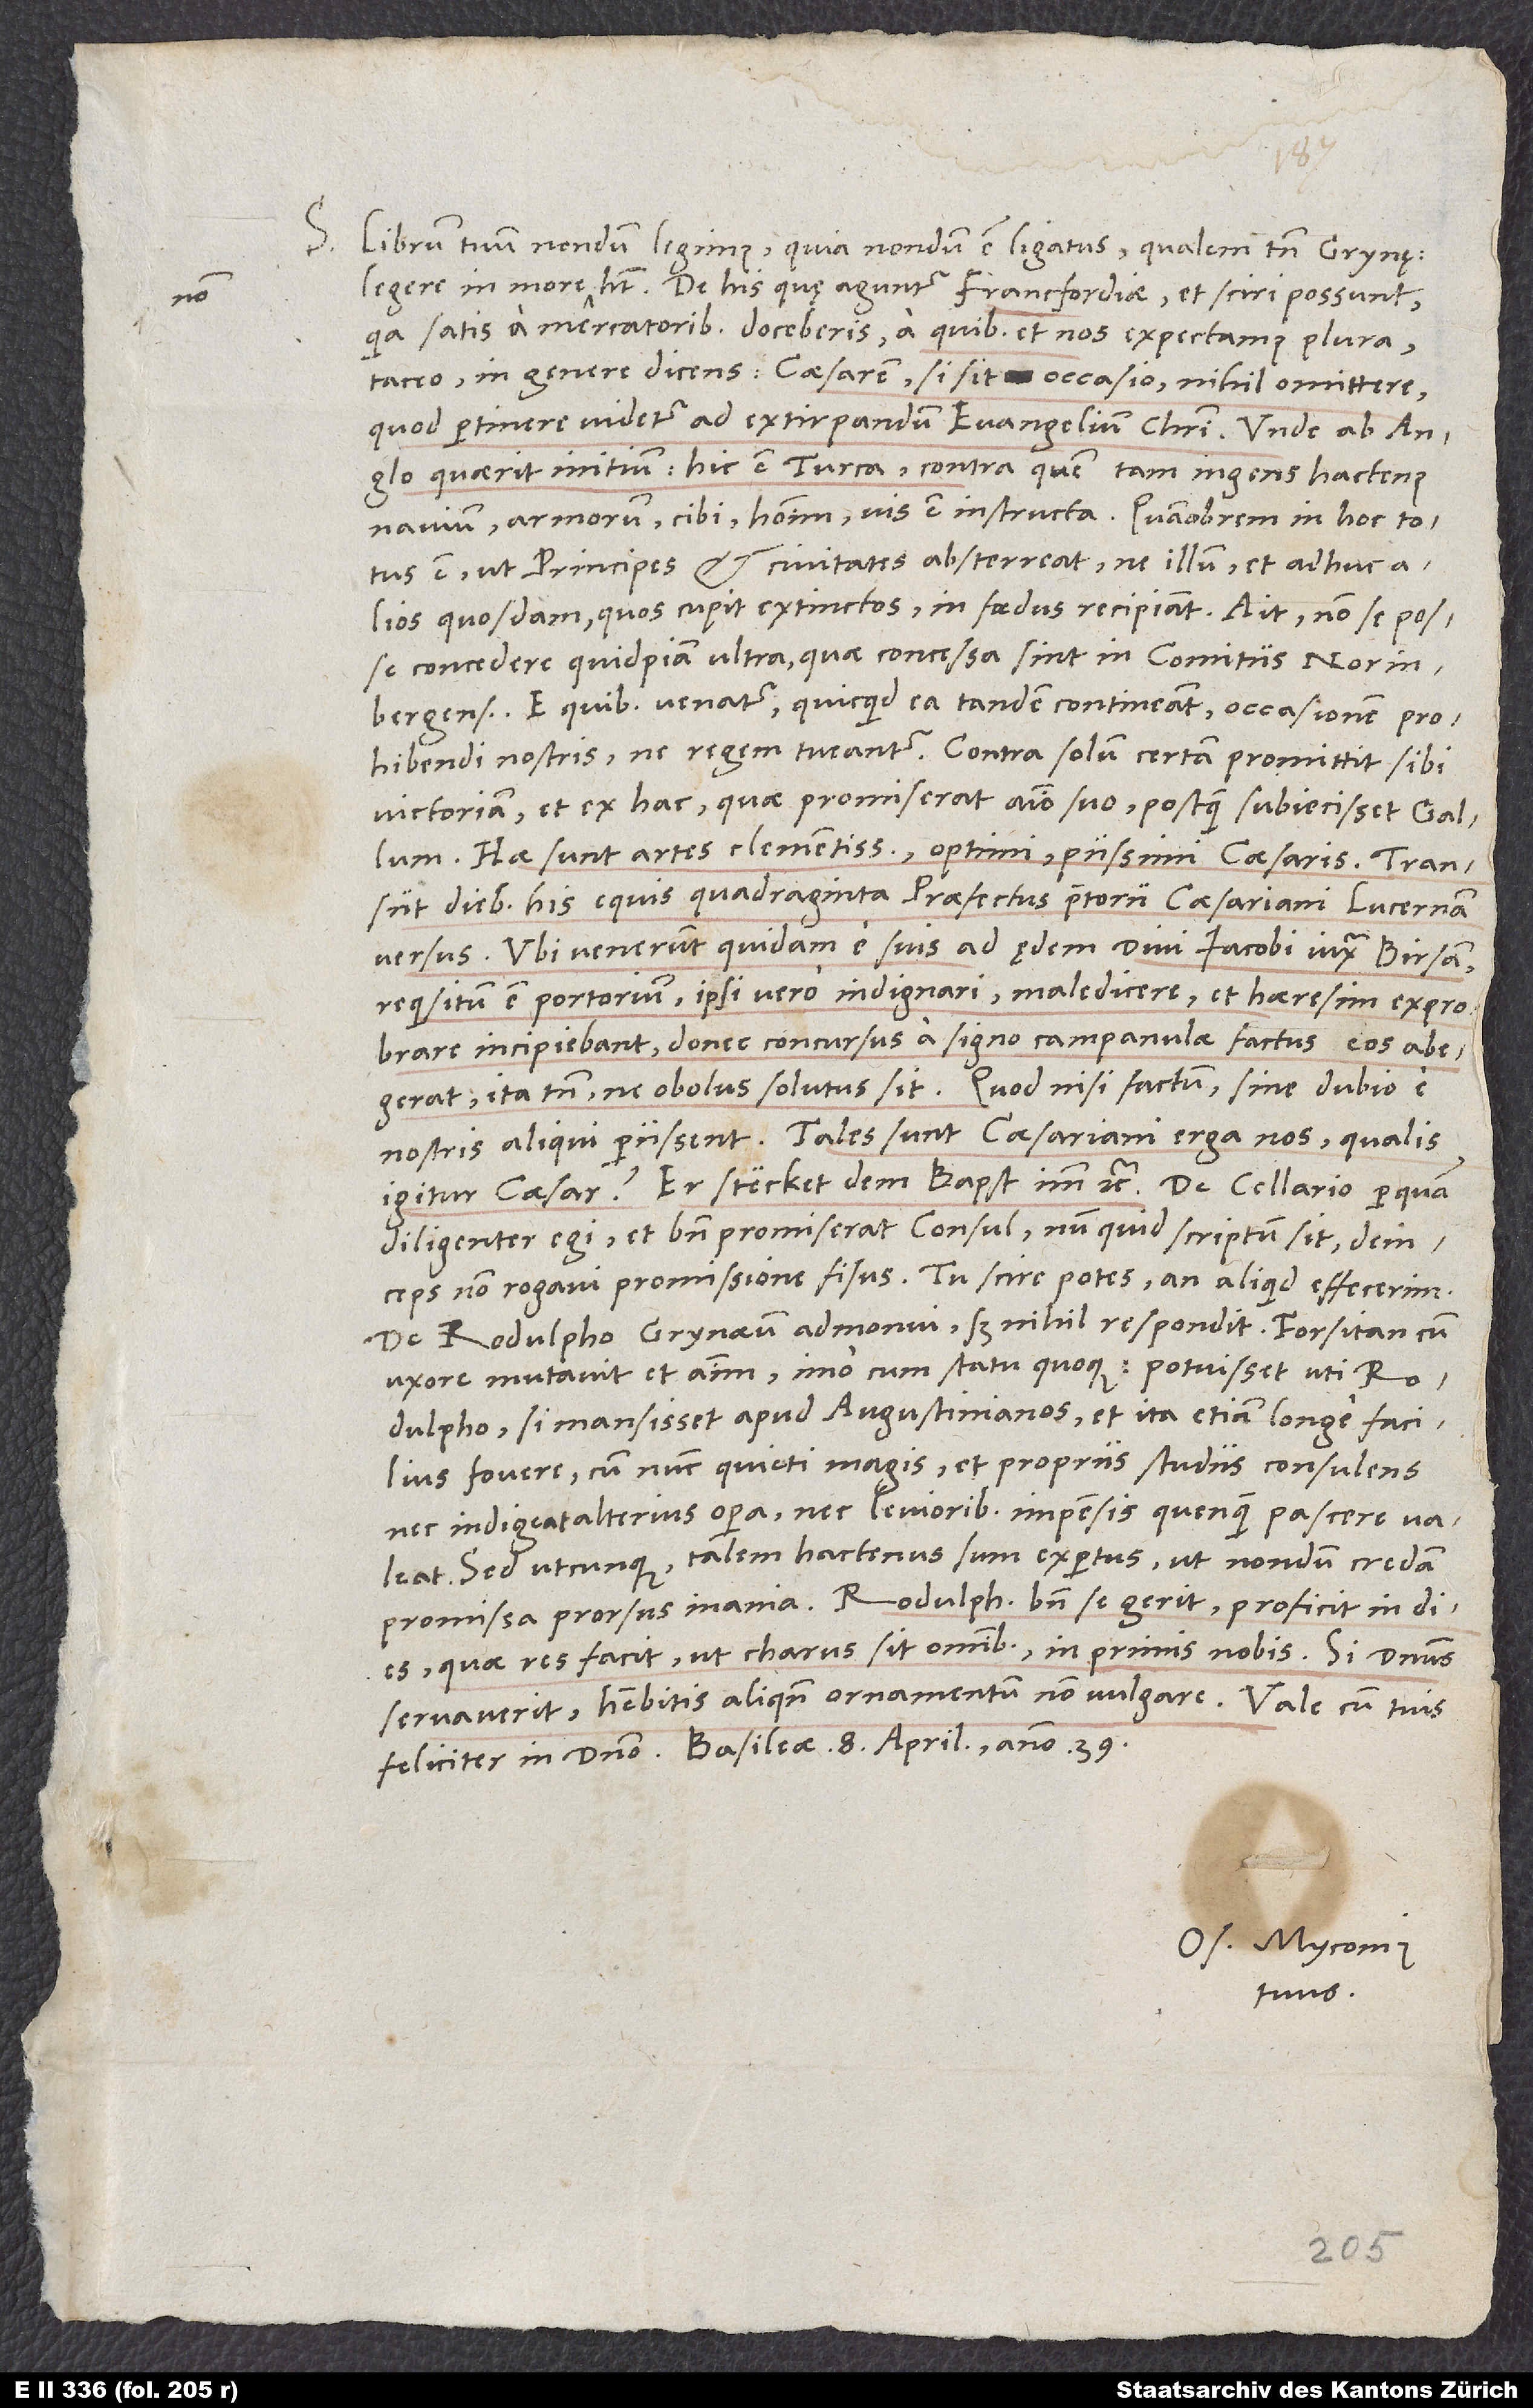
S. Librum tuum nondum legimus, quia nondum est ligatus, qualem tamen Grynęus
De his, quę aguntur Francfordiae et sciri possunt,
quia satis a mercatoribus doceberis, a quibus et nos expectamus plura,
taceo in genere dicens caesarem, si sit occasio, nihil omittere,
quod pertinere videtur ad extirpandum evangelium Christi. Unde ab Anglo
quaerit initium; hic est Turca, contra quem tam ingens hactenus
navium, armorum, cibi, hominum vis est instructa. Quamobrem in hoc totus
est, ut principes et civitates absterreat, ne illum et adhuc
concedere quidpiam ultra, quae concessa sint in comitiis Norinbergensibus.
E quibus venatur, quicquid ea tandem contineant, occasionem
prohibendi nostris, ne regem tueantur. Contra solum certam promittit sibi
victoriam et ex hac, quae promiserat animo suo, postquam subiecisset Gallum.
Hae sunt artes clementissimi, optimi, piissimi caesaris.
diebus his equis quadraginta praefectus praetorii caesariani Lucernam
versus. Ubi venerunt quidam e suis ad ędem divi Iacobi iuxta Birsam,
requisitum est portorium; ipsi vero indignari, maledicere et haeresim exprobrare
incipiebant, donec concursus a signo campanulae factus eos abegerat,
ita tamen, ne obolus solutus sit. Quod nisi factum, sine dubio e
nostris aliqui periissent. Tales sunt caesariani erga nos; qualis
Er stecket dem papst im etc. De Cellario perquam
diligenter egi, et bene promiserat consul; num quid scriptum sit, deinceps
rogavi promissione fisus. Tu scire potes, an aliquid effecerim.
De Rodulpho Grynaeum admonui, sed nihil respondit. Forsitan cum
uxore mutavit et animum, imo cum statu quoque: Potuisset uti
Rodulpho, si mansisset apud Augustinianos, et ita etiam longe facilius
fovere, cum nunc quieti magis et propriis studiis consulens
nec indigeat alterius opera nec levioribus impensis quenquam pascere valeat.
Sed utcunque, talem hactenus sum expertus, ut nondum credam
promissa prorsus inania. Rodulphus bene se gerit, proficit in dies;
quae res facit, ut charus sit omnibus, in primis nobis. Si dominus
servaverit, habebitis aliquando ornamentum non vulgare.
Os. Myconius
tuus.